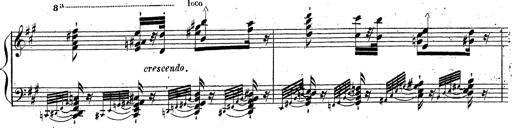
Title: Grande fantaisie sur la tyrolienne de l'opÃ©ra
Composer: Franz Liszt
Key: A major